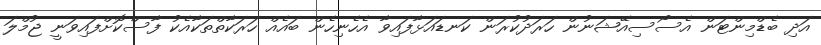
އަދި ބެޑްމިންޓަން އެސޯސިއޭޝަނުން ހަރަދުކުރަން ކަނޑައަޅާފައިވާ އެހެނިހެން ބައެއް ހަރަކާތްތަކާއެކު ފާސްކޮށްފައިވަނީ ޖުމްލަ